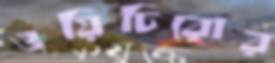
ওয়িচিরোর